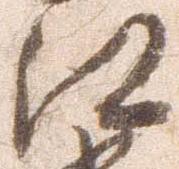
江